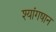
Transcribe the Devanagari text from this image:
श्यांगषान